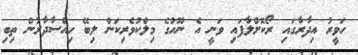
ހަވީރު އިދާރާގައި ރޯކޮށްލާފައި ވަނީ އެ ނޫހުގެ މިލްކުވެރިކަން ލިބޭ ހިއްސާދާރުން ތިބި